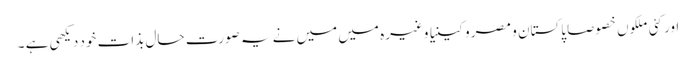
اور کئی ملکوں خصوصا پاکستان و مصر و کینیا وغیرہ میں میں نے یہ صورت حال بذات خود دیکھی ہے ۔